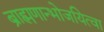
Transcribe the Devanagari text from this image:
ब्राह्मणान्भोजयित्वा